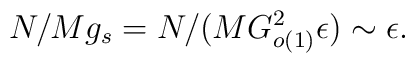
N/Mg_{s} = N/(MG^{2}_{o(1)}\epsilon ) \sim \epsilon .